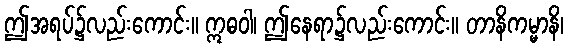
ဤအရပ်၌လည်းကောင်း။ ဣဓဝါ၊ ဤနေရာ၌လည်းကောင်း။ တာနိကမ္မာနိ၊